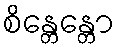
စိန္တေန္တော